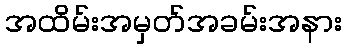
အထိမ်းအမှတ်အခမ်းအနား